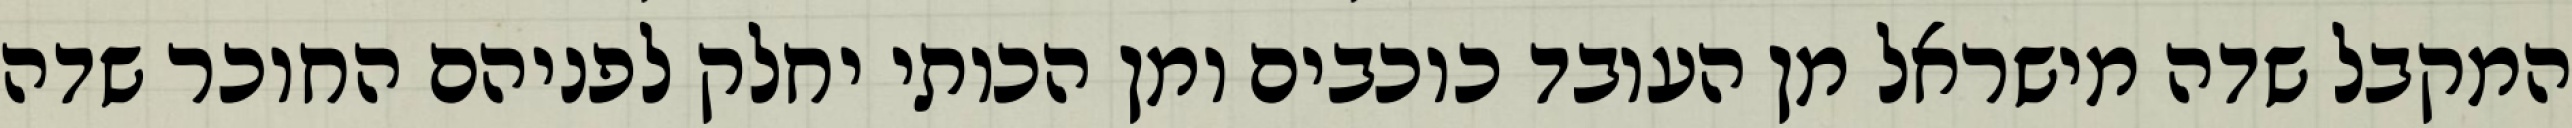
המקבל שדה מישראל מן העובד כוכבים ומן הכותי יחלק לפניהם החוכר שדה